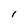
Character: l